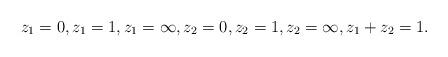
LaTeX: \begin{align*} z_1=0,z_1=1,z_1=\infty, z_2=0,z_2=1,z_2=\infty, z_1+z_2=1.\end{align*}